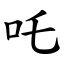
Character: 吒